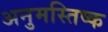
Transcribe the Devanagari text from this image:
अनुमस्तिष्‍क